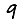
Digit: 9